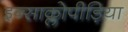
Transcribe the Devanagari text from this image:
इन्साक्लोपीड़िया